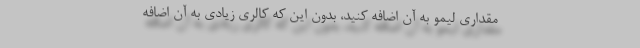
مقداری لیمو به آن اضافه کنید، بدون این که کالری زیادی به آن اضافه